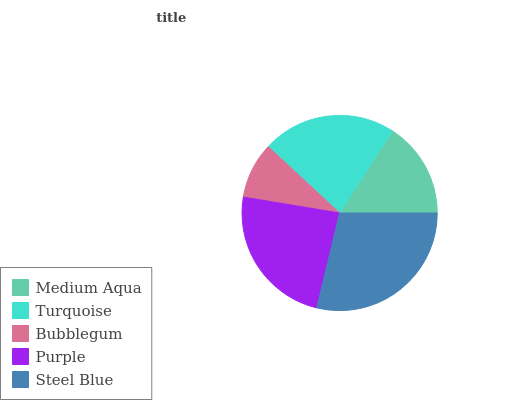
| Medium Aqua | Turquoise | Bubblegum | Purple | Steel Blue |
 | --- | --- | --- | --- | --- |
 | 15.9% | 22.1% | 9.31% | 23.9% | 28.8% |